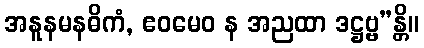
အနူနမနဓိကံ, ဧဝမေဝ န အညထာ ဒဋ္ဌဗ္ဗ”န္တိ။